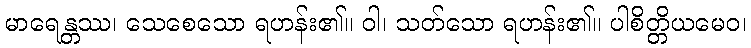
မာရေန္တဿ၊ သေစေသော ရဟန်း၏။ ဝါ၊ သတ်သော ရဟန်း၏။ ပါစိတ္တိယမေဝ၊